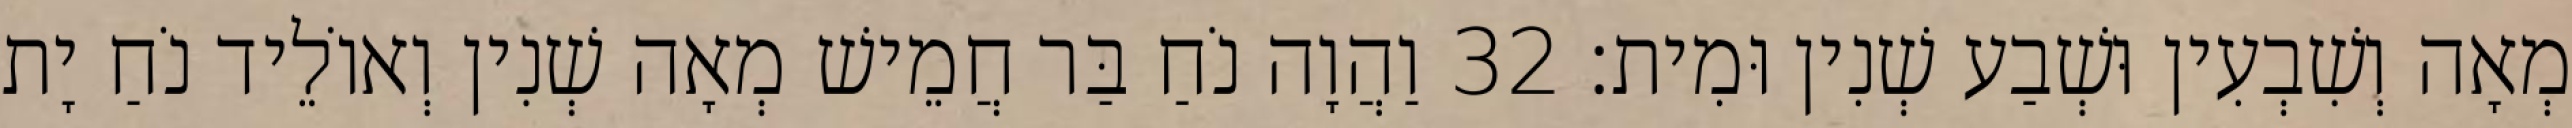
מְאָה וְשִׁבְעִין וּשְׁבַע שְׁנִין וּמִית׃ 32 וַהֲוָה נֹחַ בַּר חֲמֵישׁ מְאָה שְׁנִין וְאוֹלֵיד נֹחַ יָת